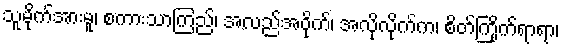
သူမို်က်အားမူ၊ စကားသာကြည်၊ အလည်အဝိုက်၊ အလိုလိုက်က၊ စိတ်ကြိုက်ရာရာ၊